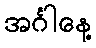
အင်္ဂါနေ့